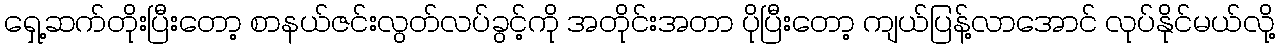
ရှေ့ဆက်တိုးပြီးတော့ စာနယ်ဇင်းလွတ်လပ်ခွင့်ကို အတိုင်းအတာ ပိုပြီးတော့ ကျယ်ပြန့်လာအောင် လုပ်နိုင်မယ်လို့